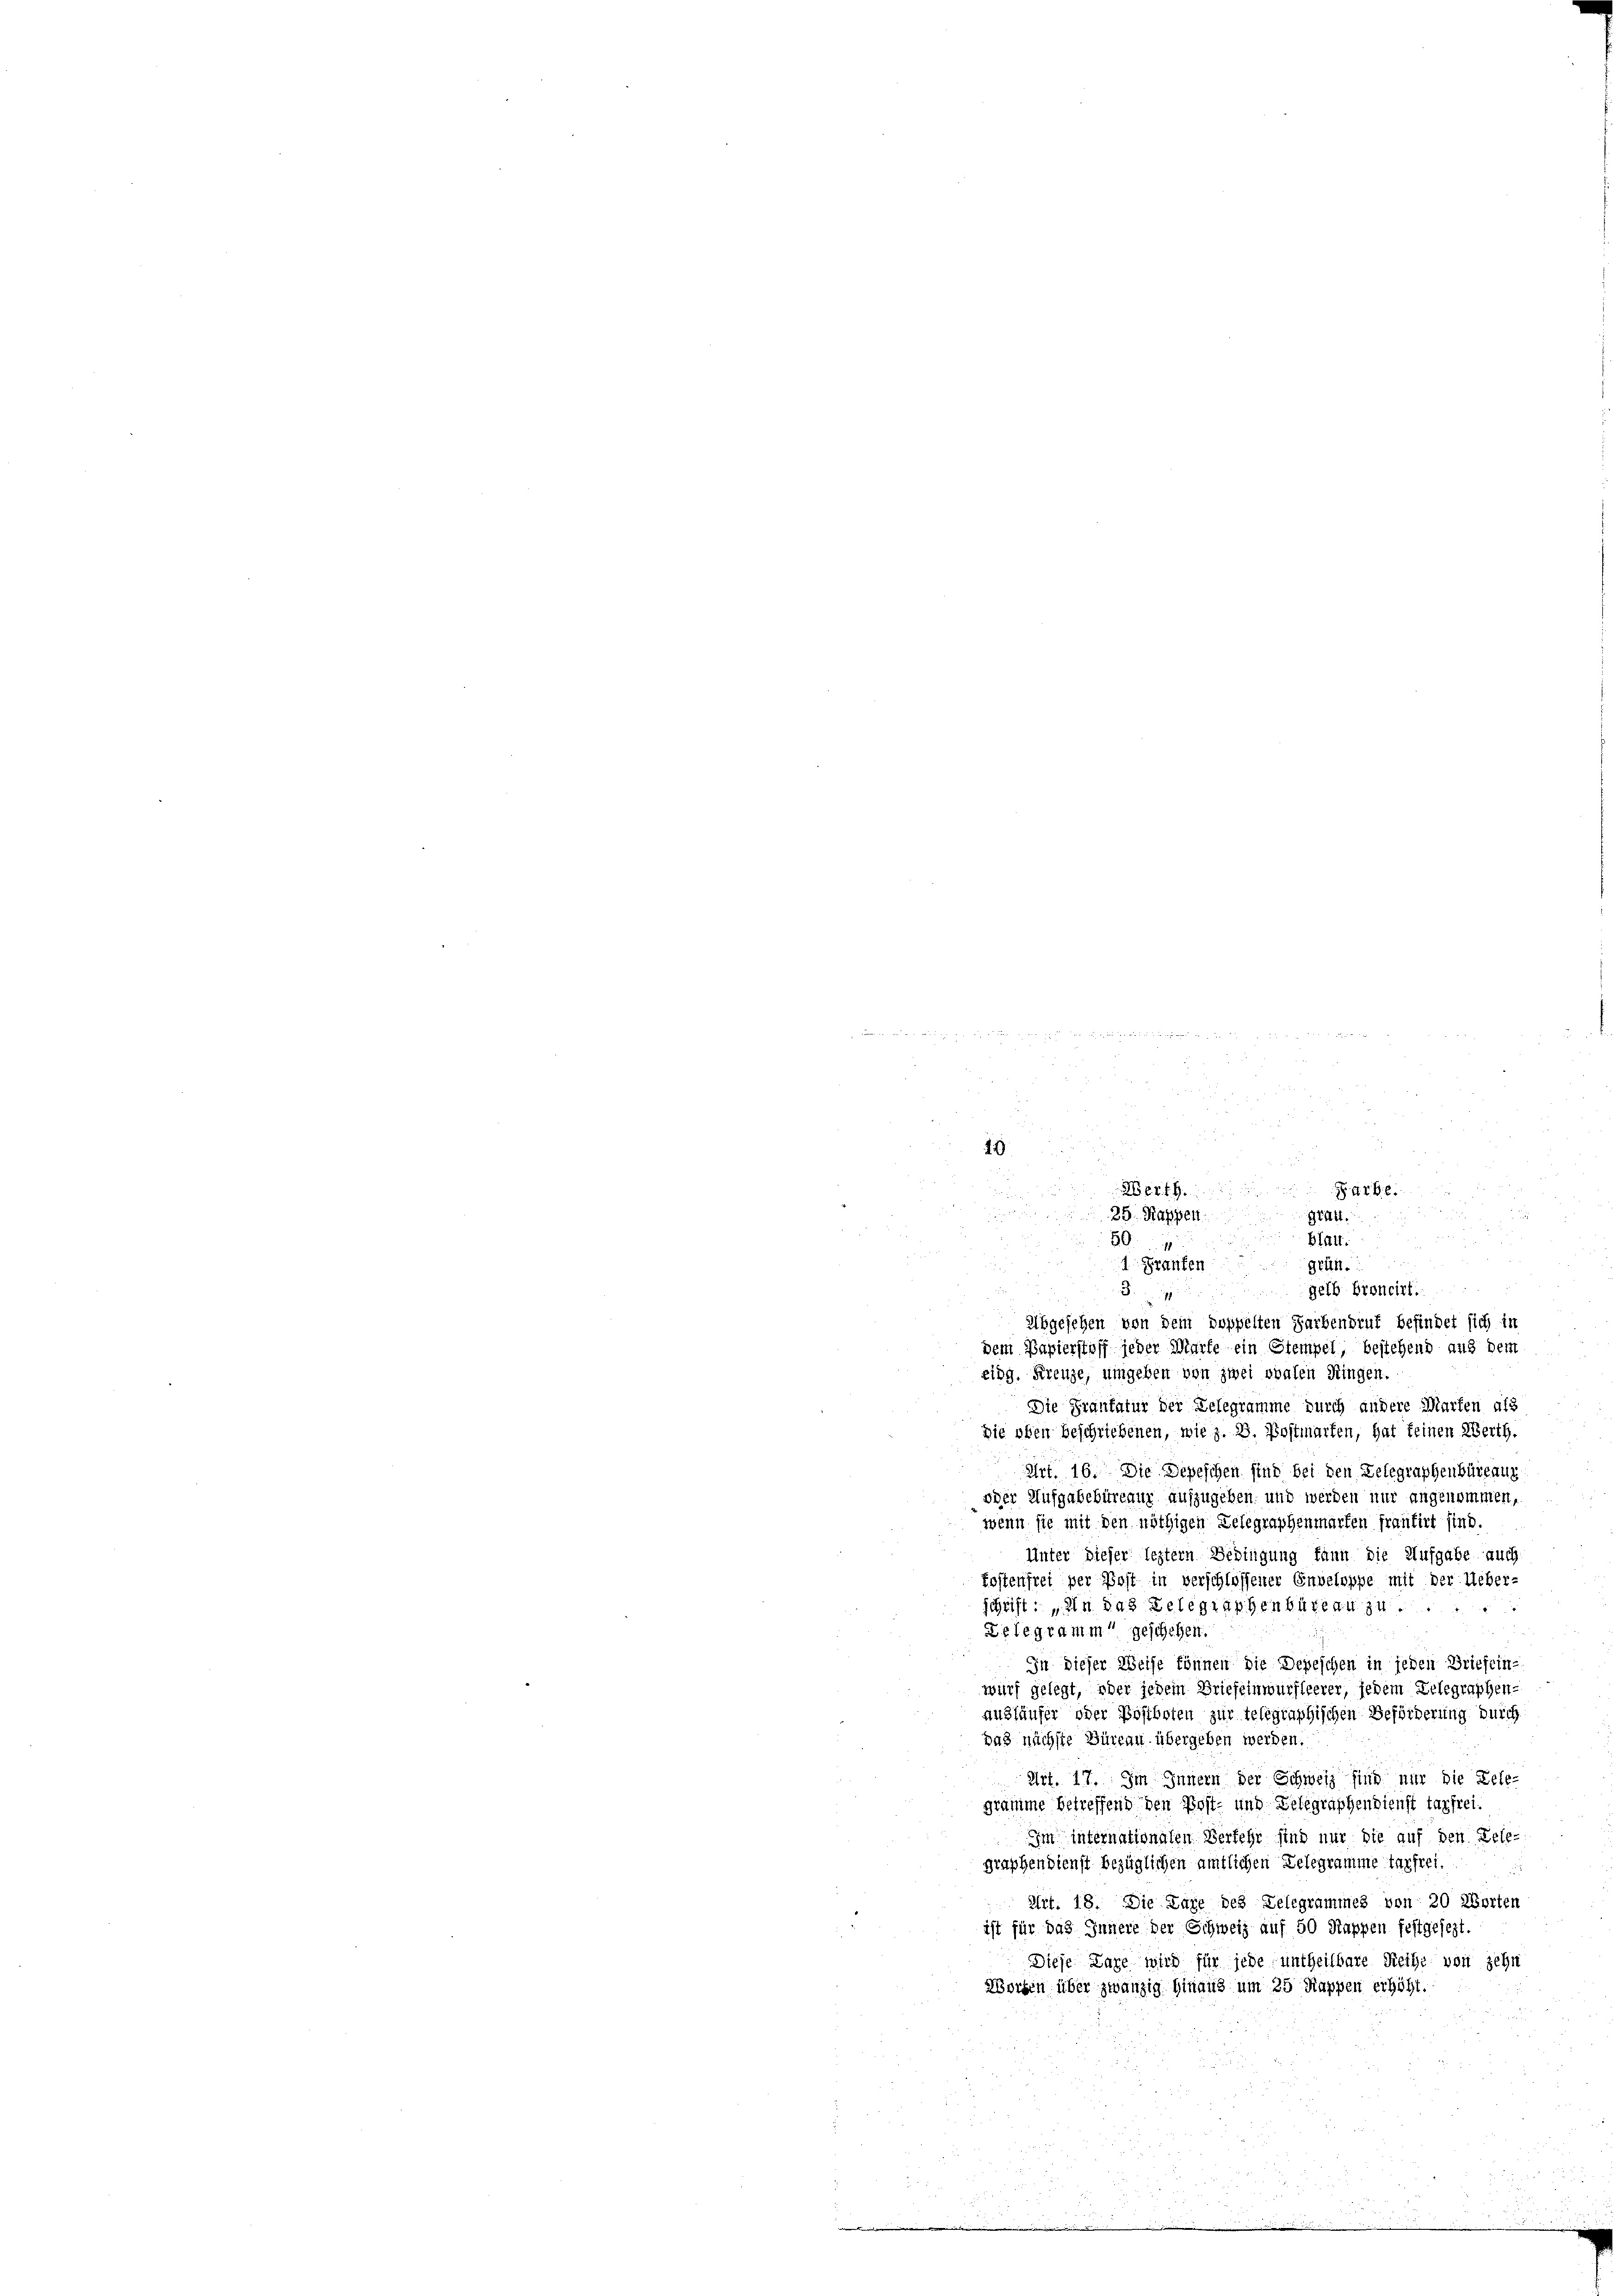
B.
Abgesehen von dem doppelten Farbendruf befindet sich in
dem Papierstoff jeder Mürfe ein Stempel, bestehend auf dem
eidg. Kreuze, umgeben von zwei ovalen Ringen.
Die Frankatur der Delegramme durch andere Marten als
Die oben beschriebenen, wie z. B. Postmarten, hat keinen Werth.
Art. 16. Die Depeschen sind bei den Delegraphenbüreaug
oder Aufgabebitreaur aufzugeben, und werden nur angenommen,
wenn sie mit den nöthigen Gelegraphenmarten frantirt sind.
Unter dieser leztern Bedingung kann die Aufgabe auch
Kostenfrei per Post in verschlossener Envelsppe mit der Ueber-
schrift: „In das Gelegraphenbüreau zu.
e
Telegramm geschehen.
In dieser Weise können die Depeschen in jeden Briefein-
wurf gelegt, oder jedem Briefeinwürfleerer, jedem Delegraphen-
andläufer oder Bostboten zur telegraphischen Beförderung durch
das nächste Büreau übergeben werden.
Art. 17. Im Innern der Schweiz sind nur die Bele-
gramme betreffend den Post- und Belegraphendienst tag frei¬
Im internationalen Verkehr sind nur die auf den Pele-
graphendienst bezüglichen amtlichen Delegramme tagfrei.
d
Art. 18. Die Tage des Gelegrammes von 20 Worten
ist für das Innere der Schweiz auf 50 Rappen festgesezt.
Diese Lage wird für jede untheilbare Reihe vor zehn
Worten über zwanzig hinaus um 25 Rappen erhöht.

u
5
u
41
e
2
Werth. Barb.
u
d
25. Rappen
Gütt
Blau.
50
grün
 Saufen
gelb Broncirt